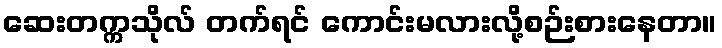
ဆေးတက္ကသိုလ် တက်ရင် ကောင်းမလားလို့စဉ်းစားနေတာ။